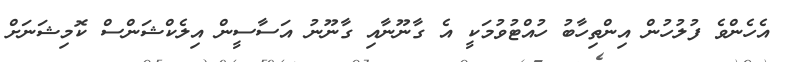
އެހެންވެ ފުލުހުން އިންތިހާބު ހުއްޓުވުމަކީ އެ ގާނޫނާއި ގާނޫނު އަސާސީން އިލެކްޝަންސް ކޮމިޝަނަށް